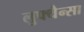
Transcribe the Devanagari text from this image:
लुफ्थैन्सा